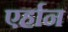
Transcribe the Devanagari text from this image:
एर्हान